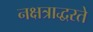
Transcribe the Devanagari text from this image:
नक्षत्राद्धरते